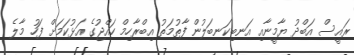
ރައީސް އަބްދު ޔާމީނާއި އަނބިކަނބަލުން ފާތުމަތު އިބްރާހިމް ހައްޖުގެ އަޅުކަމަށް ފަހު މާލެ